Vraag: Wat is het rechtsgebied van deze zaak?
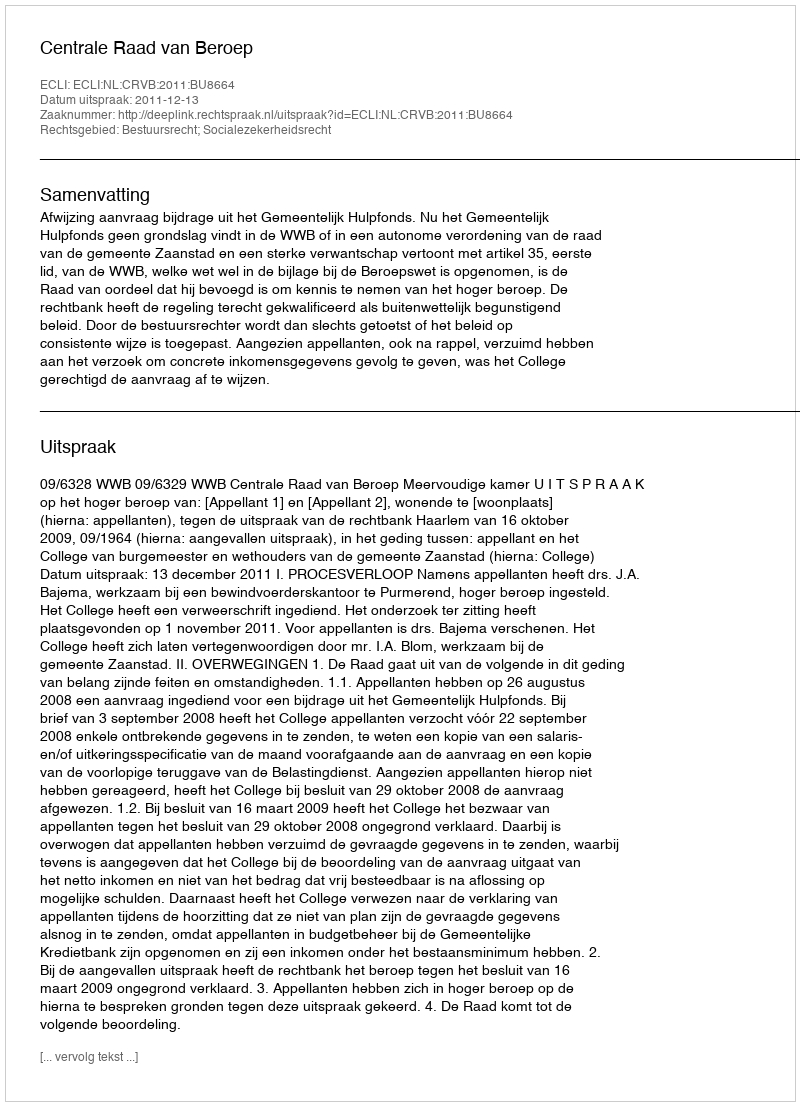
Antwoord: Bestuursrecht; Socialezekerheidsrecht